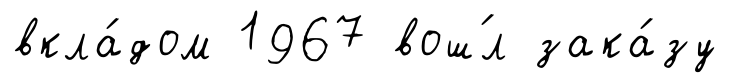
вкла́дом 1967 вош́л зака́зу